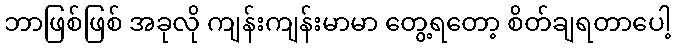
ဘာဖြစ်ဖြစ် အခုလို ကျန်းကျန်းမာမာ တွေ့ရတော့ စိတ်ချရတာပေါ့